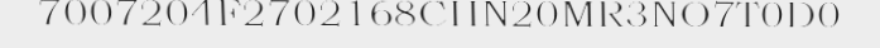
7007204F2702168CHN20MR3NO7T0D0